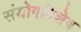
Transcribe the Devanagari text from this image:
संयोगविशेष